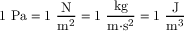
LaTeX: \mathrm { { 1 ~ P a = 1 ~ { \frac { N } { m ^ { 2 } } } = 1 ~ { \frac { k g } { m { \cdot } s ^ { 2 } } } = 1 ~ { \frac { J } { m ^ { 3 } } } } }